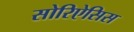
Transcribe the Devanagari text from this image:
सोरिऐसिस